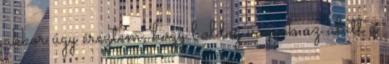
akkor úgy éreztem, hogy boldog vagyok az alatt a